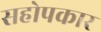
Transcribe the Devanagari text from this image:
सहोपकार